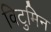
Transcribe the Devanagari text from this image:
विटुमिन